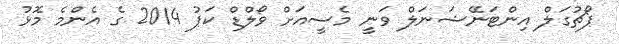
ޕޯޗުގަލް އިންޓަނޭޝަނަލް ވަނީ މެސީއަށް ވޯލްޑް ކަޕު 2014 ގެ އެންމެ މޮޅު